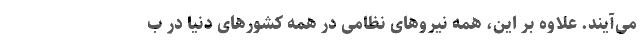
می‌آیند. علاوه بر این، همه نیروهای نظامی در همه کشورهای دنیا در ب